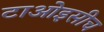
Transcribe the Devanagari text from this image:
टाओइसीच